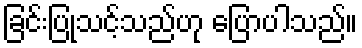
ခြင်းပြုသင့်သည်ဟု ပြောပါသည်။